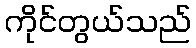
ကိုင်တွယ်သည်